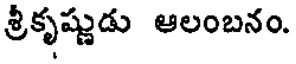
శ్రీకృష్ణుడు ఆలంబనం.